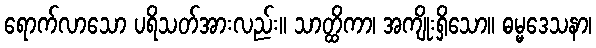
ရောက်လာသော ပရိသတ်အားလည်း။ သာတ္ထိကာ၊ အကျိုးရှိသော။ ဓမ္မဒေသနာ၊